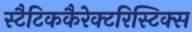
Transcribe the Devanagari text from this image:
स्टैटिककैरेक्टरिस्टिक्स